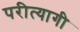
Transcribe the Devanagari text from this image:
परीत्यागी